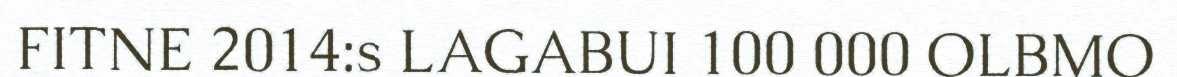
FITNE 2014:s LAGABUI 100 000 OLBMO